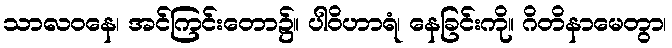
သာလဝနေ၊ အင်ကြင်းတော၌။ ပါဝိဟာရံ၊ နေခြင်းကို။ ဂိတိနာမေတွာ၊